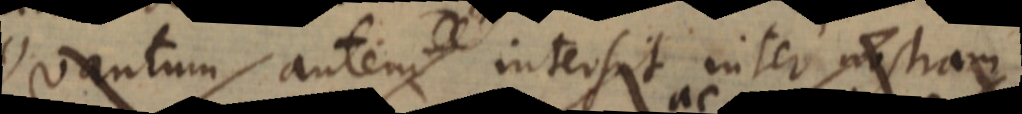
Quantum autem intersit inter nostram